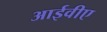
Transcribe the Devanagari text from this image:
आईवीए